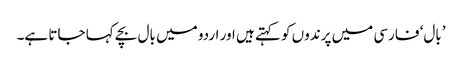
’بال‘ فارسی میں پرندوں کو کہتے ہیں اور اردو میں بال بچے کہا جاتا ہے۔